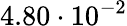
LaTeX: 4.80\cdot 10^{-2}